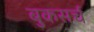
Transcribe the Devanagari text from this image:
बुकसर्च